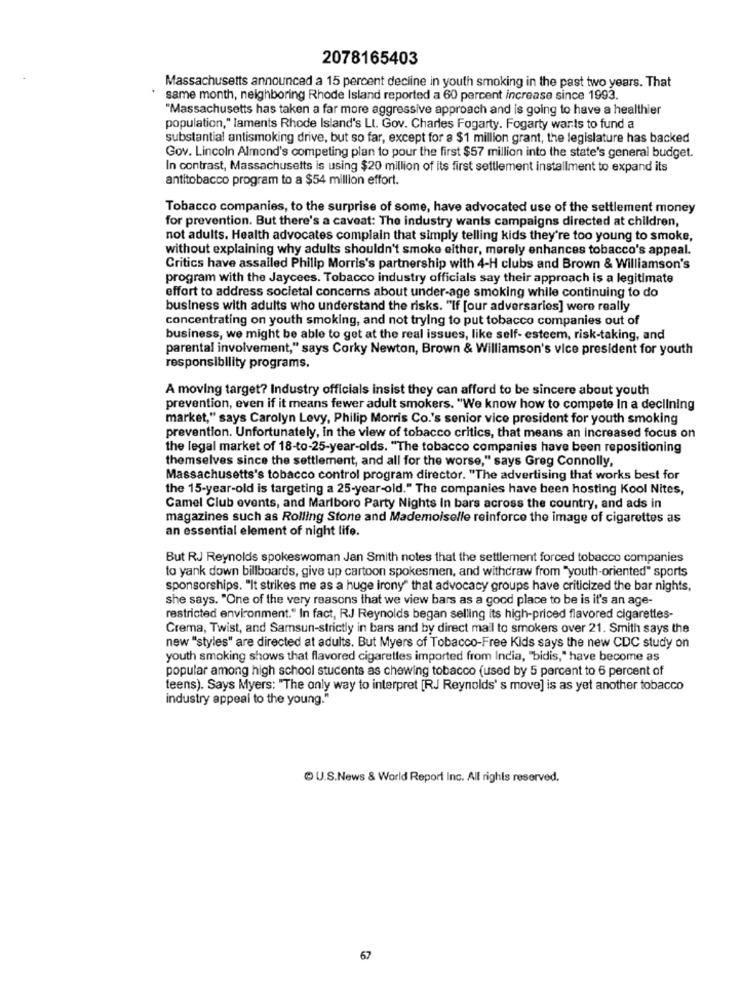
2078165403
Massachusetts announced a 15 percent decline in youth smoking in the past two years. That
same month, neighboring Rhode Island reported a 60 percent increase since 1993.
"Massachusetts has taken a far more aggressive approach and is going to have a healthier
population," laments Rhode Island's Lt. Gov. Charles Fogarty. Fogarty wants to fund a
substantial antismoking drive, but so far, except for a $1 million grant, the legislature has backed
Gov. Lincoln Almond's competing plan to pour the first $57 million into the state's general budget.
In contrast, Massachusetts is using $20 million of its first settlement installment to expand its
antitobacco program to a $54 million effort.
Tobacco companies, to the surprise of some, have advocated use of the settlement money
for prevention. But there's a caveat: The industry wants campaigns directed at children,
not adults. Health advocates complain that simply telling kids they're too young to smoke,
without explaining why adults shouldn't smoke either, merely enhances tobacco's appeal.
Critics have assailed Philip Morris's partnership with 4-H clubs and Brown & Williamson's
program with the Jaycees. Tobacco industry officials say their approach is a legitimate
effort to address societal concerns about under-age smoking while continuing to do
business with adults who understand the risks. "If [our adversarios] were really
concentrating on youth smoking, and not trying to put tobacco companies out of
business, we might be able to get at the real issues, like self- esteem, risk-taking, and
parental involvement," says Corky Newton, Brown & Williamson's vice president for youth
responsibility programs.
A moving target? Industry officials insist they can afford to be sincere about youth
prevention, even if it means fewer adult smokers. "We know how to compete In a declining
market," says Carolyn Levy, Philip Morris Co.'s senior vice president for youth smoking
prevention. Unfortunately, in the view of tobacco critics, that means an increased focus on
the legal market of 18-to-25-year-olds. "The tobacco companies have been repositioning
themselves since the settlement, and all for the worse," says Greg Connolly,
Massachusetts's tobacco control program director. "The advertising that works best for
the 15-year-old is targeting a 25-year-old." The companies have been hosting Kool Nites,
Camel Club events, and Marlboro Party Nights In bars across the country, and ads in
magazines such as Rolling Stone and Mademoiselle reinforce the image of cigarettes as
an essential element of night life.
But RJ Reynolds spokeswoman Jan Smith notes that the settlement forced tobacco companies
to yank down billboards, give up cartoon spokesmen, and withdraw from "youth-oriented" sports
sponsorships. "It strikes me as a huge irony" that advocacy groups have criticized the bar nights,
she says. "One of the very reasons that we view bars as a good place to be is it's an age-
restricted environment." In fact, RJ Reynolds began selling its high-priced flavored cigarettes-
Crema, Twist, and Samsun-strictly in bars and by direct mail to smokers over 21. Smith says the
new "styles" are directed at adults. But Myers of Tobacco-Free Kids says the new CDC study on
youth smoking shows that flavored cigarettes imported from India, "bidis," have become as
popular among high school students as chewing tobacco (used by 5 percent to 6 percent of
teens). Says Myers: "The only way to interpret [RJ Reynolds' s move] is as yet another tobacco
industry appeal to the young."
U.S.News & World Report Inc. All rights reserved.
67